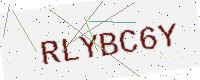
Text: RLYBC6Y